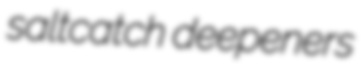
saltcatch deepeners